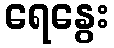
ရေနွေး